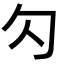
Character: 勽